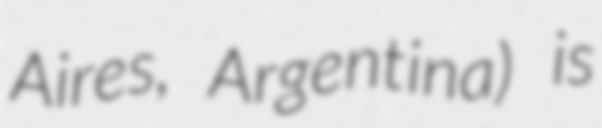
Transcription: Aires, Argentina) is